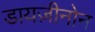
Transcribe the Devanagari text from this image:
डायज़ीनोन